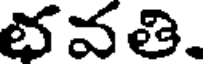
భవతి.